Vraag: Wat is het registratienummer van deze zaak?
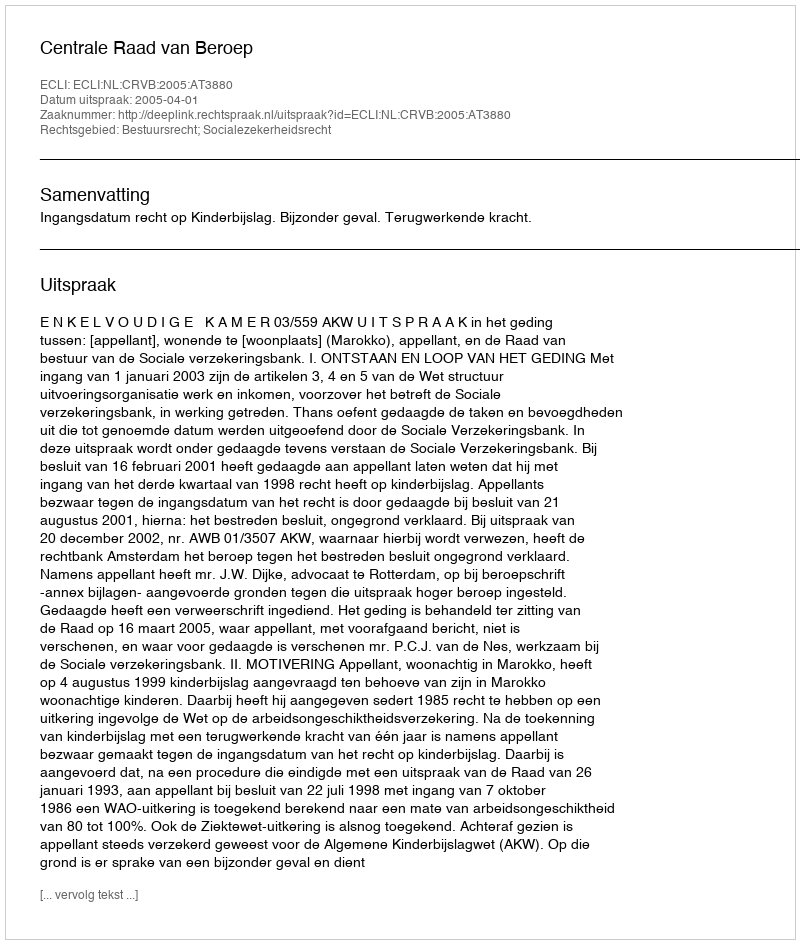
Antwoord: http://deeplink.rechtspraak.nl/uitspraak?id=ECLI:NL:CRVB:2005:AT3880